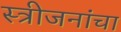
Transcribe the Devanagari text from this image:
स्त्रीजनांचा